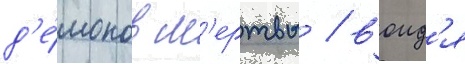
д'е́монов м'ертвы / воид'я